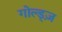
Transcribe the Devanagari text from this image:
गोल्ड्ज़